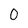
Character: O